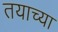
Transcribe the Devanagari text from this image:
तयाच्या